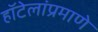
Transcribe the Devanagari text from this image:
हॉटेलांप्रमाणे